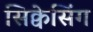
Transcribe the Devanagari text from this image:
सिक्वेसिंग